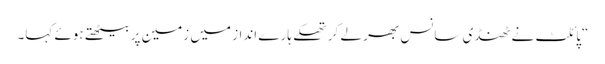
“پائلٹ نے ٹھنڈی سانس بھر لے کر تھکے ہارے انداز میں زمین پر بیٹھتے ہوئے کہا۔